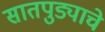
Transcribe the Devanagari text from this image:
सातपुड्याचे